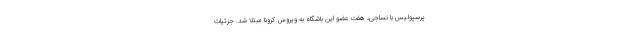
پرسپولیس با نساجی، هفت عضو این باشگاه به ویروس کرونا مبتلا شد. جزئیات